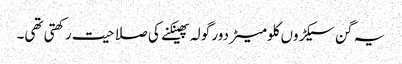
یہ گن سیکڑوں کلومیٹر دور گولہ پھینکنے کی صلاحیت رکھتی تھی۔